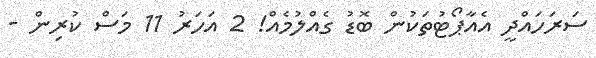
ސަރަހައްދީ އެއާޕޯޓުތަކުން ބޮޑު ގެއްލުމެއް! 2 އަހަރު 11 މަސް ކުރިން -